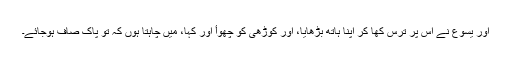
اور یسوع نے اُس پر ترس کھا کر اپنا ہاتھ بڑھایا، اور کوڑھی کو چھوأ اور کہا، میں چاہتا ہُوں کہ تُو پاک صاف ہوجائے۔